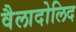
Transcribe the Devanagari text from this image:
वैलादोलिद